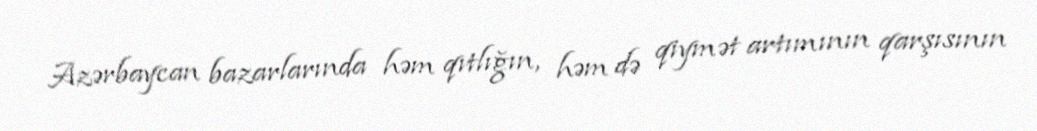
Azərbaycan bazarlarında həm qıtlığın, həm də qiymət artımının qarşısının